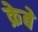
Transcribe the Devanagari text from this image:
क्रेबे